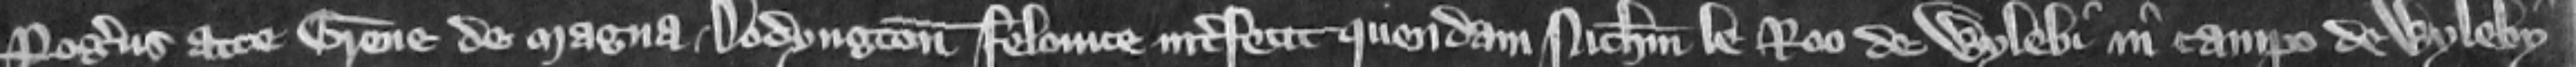
Rogerus atte Grene de Magna Dodyngton felonice interfecit quendam Nicholaum le Roo de Wylebi in campo de Wyleby